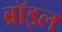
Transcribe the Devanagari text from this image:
ब्रॉइल